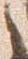
之